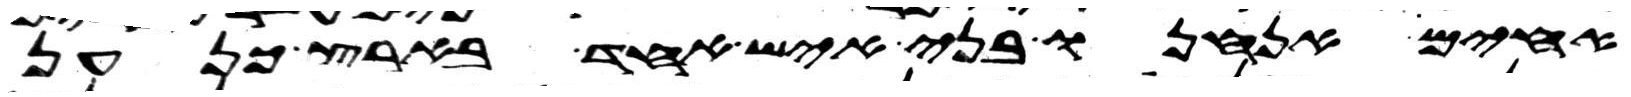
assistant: אחים אנחנו בני איש אחד בארץ כנען